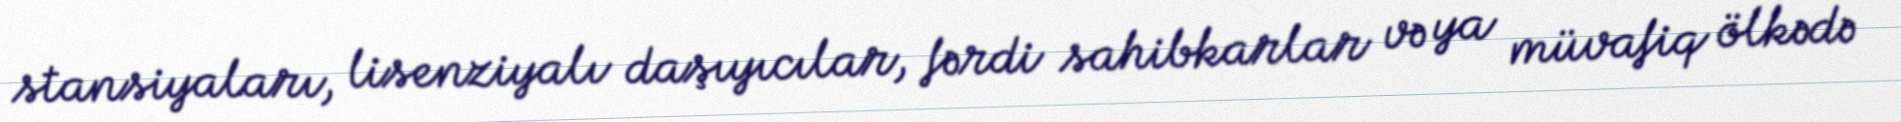
stansiyaları, lisenziyalı daşıyıcılar, fərdi sahibkarlar və ya müvafiq ölkədə